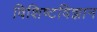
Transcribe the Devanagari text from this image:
विशिष्टविज्ञान